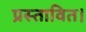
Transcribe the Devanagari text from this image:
प्रस्तावित।